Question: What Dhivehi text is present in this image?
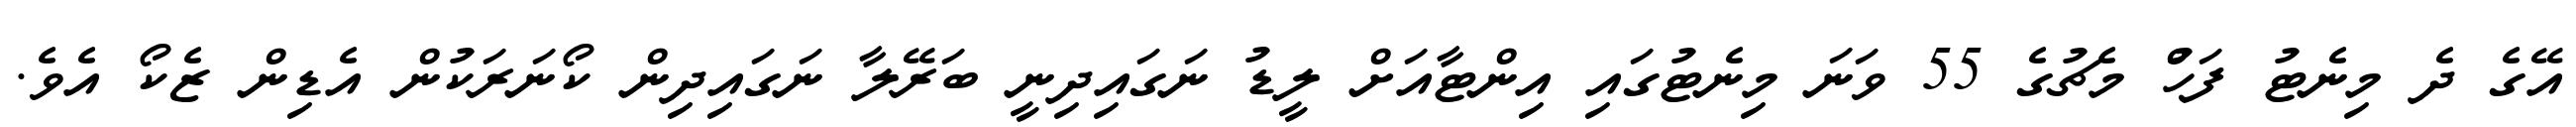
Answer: އޭގެ ދެ މިނެޓު ފަހުް މެޗުގެ 55 ވަނަ މިނެޓުގައި އިންޓާއަށް ލީޑު ނަގައިދިނީ ބަރޭލާ ނަގައިދިން ކޯނަރަކުން އެޑިން ޒެކޯ އެވެ.